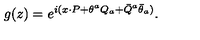
g ( z ) = \displaystyle { e ^ { i ( x { \cdot P } + \theta ^ { a } Q _ { a } + \bar { Q } ^ { a } \bar { \theta } _ { a } ) } } .